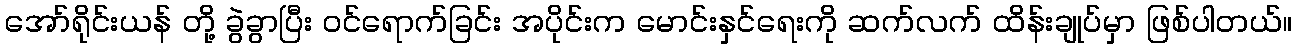
အော်ရိုင်းယန် တို့ ခွဲခွာပြီး ဝင်ရောက်ခြင်း အပိုင်းက မောင်းနှင်ရေးကို ဆက်လက် ထိန်းချုပ်မှာ ဖြစ်ပါတယ်။